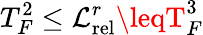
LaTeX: T_{F}^{2}\leq\mathcal{L}_{\mathrm{{rel}}}^{r}\leqT_{F}^{3}